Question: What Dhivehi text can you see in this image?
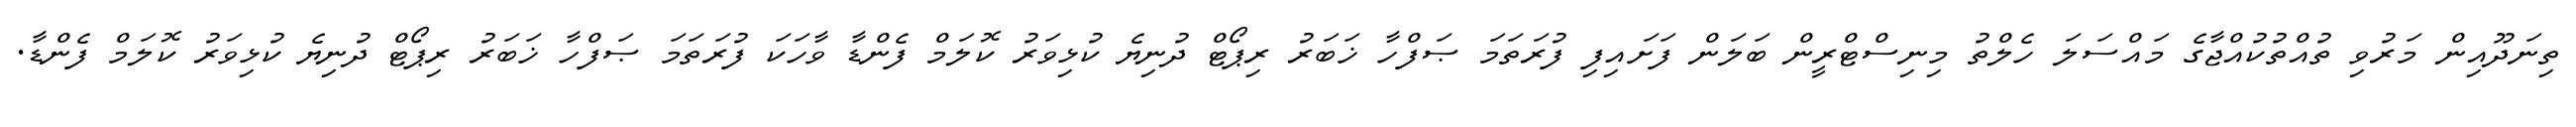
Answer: ތިނަދޫއިން މަރުވި ތުއްތުކުއްޖާގެ މައްސަލަ ހެލްތު މިނިސްޓްރީން ބަލަން ފަށައިފި ފުރަތަމަ ޞަފްހާ ޚަބަރު ރިޕޯޓް ދުނިޔެ ކުޅިވަރު ކޮލަމް ފެންޑާ ވާހަކަ ފުރަތަމަ ޞަފްހާ ޚަބަރު ރިޕޯޓް ދުނިޔެ ކުޅިވަރު ކޮލަމް ފެންޑާ.